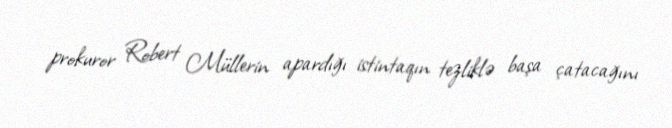
prokuror Robert Müllerin apardığı istintaqın tezliklə başa çatacağını